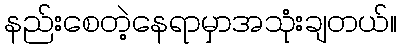
နည်းစေတဲ့နေရာမှာအသုံးချတယ်။